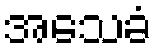
အသေခံ